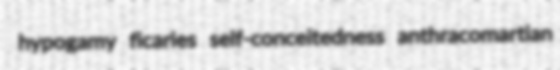
hypogamy ficaries self-conceitedness anthracomartian